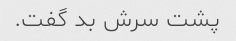
پشت سرش بد گفت.